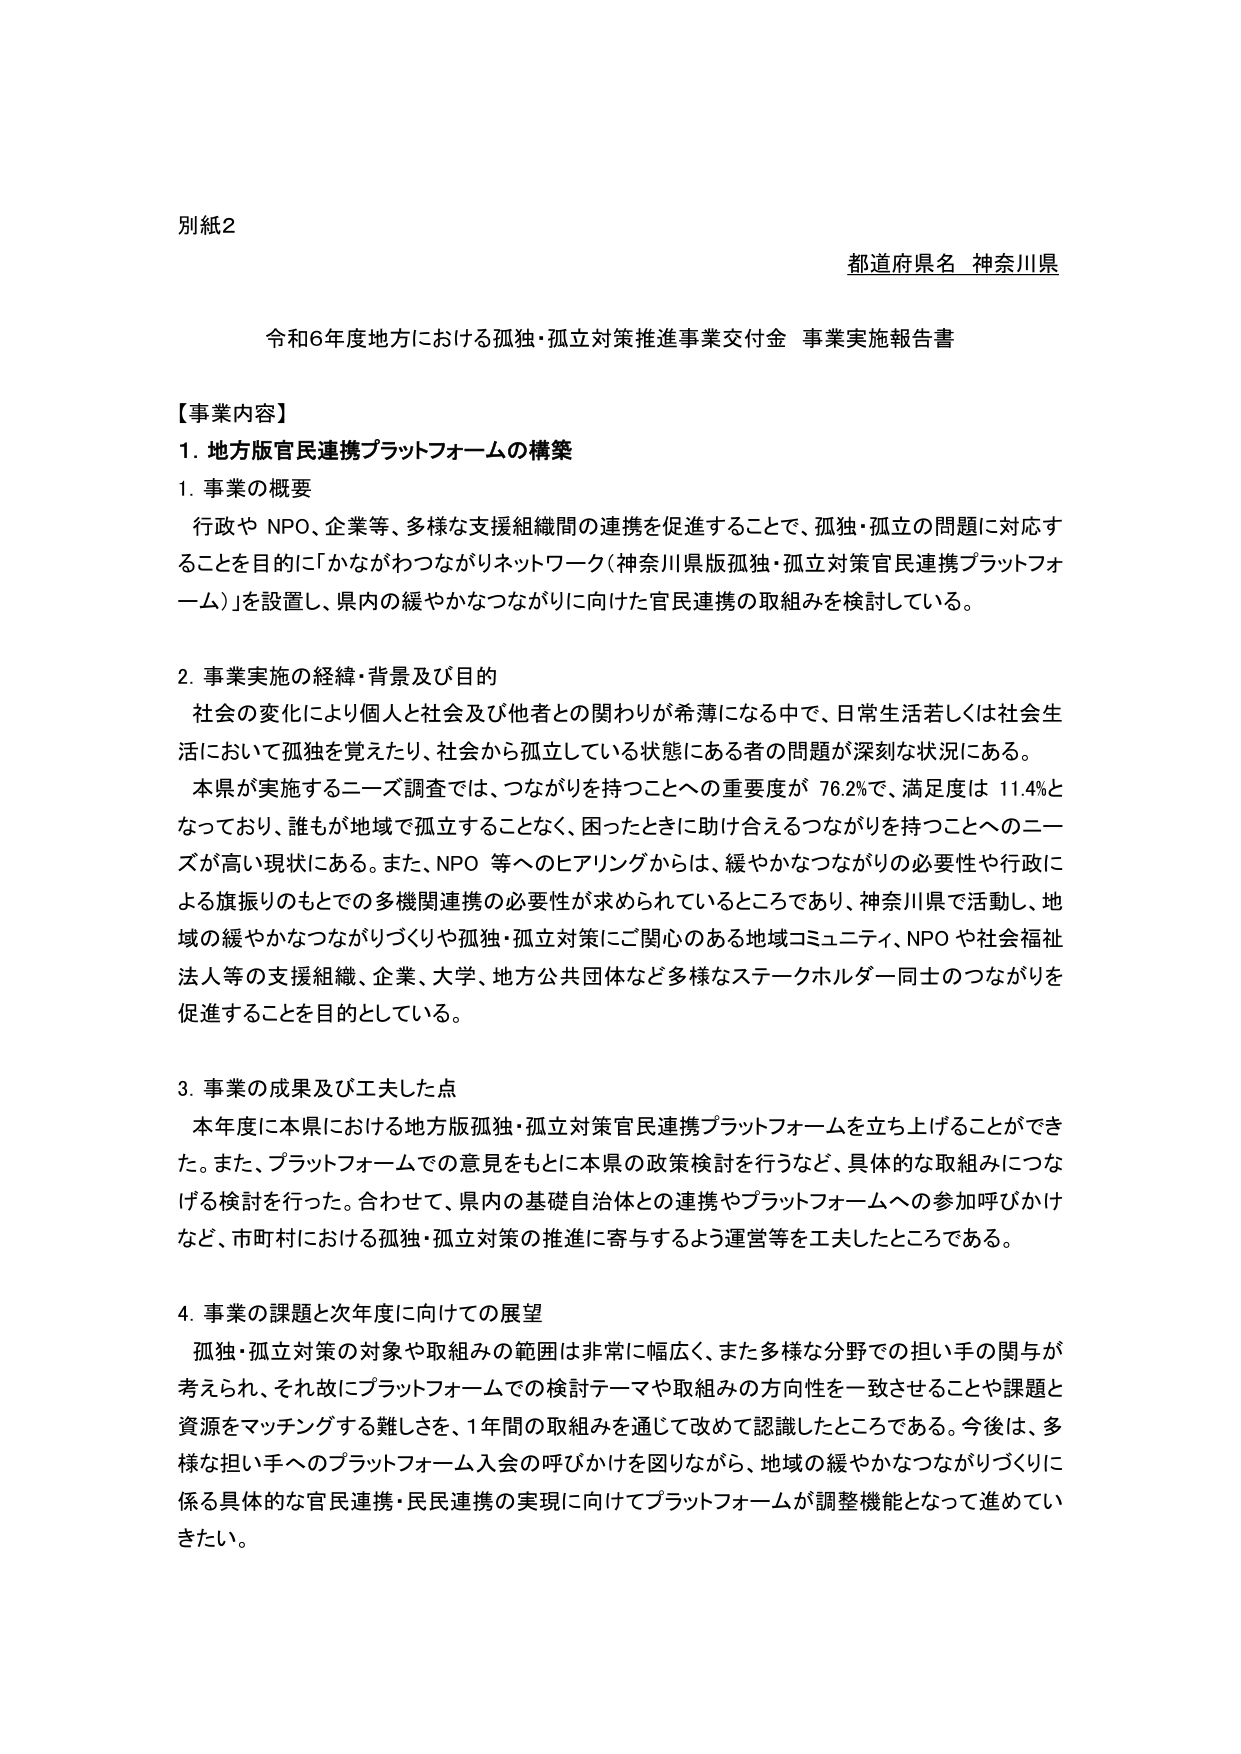
別紙2

都道府県名 神奈川県

令和6年度地方における孤独・孤立対策推進事業交付金 事業実施報告書

【事業内容】

1. 地方版官民連携プラットフォームの構築

1. 事業の概要
行政や NPO、企業等、多様な支援組織間の連携を促進することで、孤独・孤立の問題に対応することを目的に「かながわつながりネットワーク（神奈川県版孤独・孤立対策官民連携プラットフォーム）」を設置し、県内の緩やかなつながりに向けた官民連携の取組みを検討している。

2. 事業実施の経緯・背景及び目的
社会の変化により個人と社会及び他者との関わりが希薄になる中で、日常生活若しくは社会生活において孤独を覚えたり、社会から孤立している状態にある者の問題が深刻な状況にある。
本県が実施するニーズ調査では、つながりを持つことへの重要度が 76.2%で、満足度は 11.4%となっており、誰もが地域で孤立することなく、困ったときに助け合えるつながりを持つことへのニーズが高い現状にある。また、NPO 等へのヒアリングからは、緩やかなつながりの必要性や行政による旗振りのもとでの多機関連携の必要性が求められているところであり、神奈川県で活動し、地域の緩やかなつながりづくりや孤独・孤立対策にご関心のある地域コミュニティ、NPO や社会福祉法人等の支援組織、企業、大学、地方公共団体など多様なステークホルダー同士のつながりを促進することを目的としている。

3. 事業の成果及び工夫した点
本年度に本県における地方版孤独・孤立対策官民連携プラットフォームを立ち上げることができた。また、プラットフォームでの意見をもとに本県の政策検討を行うなど、具体的な取組みにつなげる検討を行った。合わせて、県内の基礎自治体との連携やプラットフォームへの参加呼びかけなど、市町村における孤独・孤立対策の推進に寄与するよう運営等を工夫したところである。

4. 事業の課題と次年度に向けての展望
孤独・孤立対策の対象や取組みの範囲は非常に幅広く、また多様な分野での担い手の関与が考えられ、それ故にプラットフォームでの検討テーマや取組みの方向性を一致させることや課題と資源をマッチングする難しさを、1年間の取組みを通じて改めて認識したところである。今後は、多様な担い手へのプラットフォーム入会の呼びかけを図りながら、地域の緩やかなつながりづくりに係る具体的な官民連携・民民連携の実現に向けてプラットフォームが調整機能となって進めていきたい。